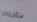
ستأخذنا